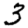
Digit: 3